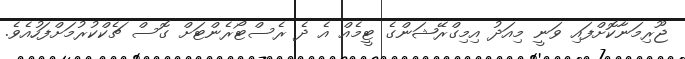
ޖޫރިމަނާކޮށްފައި ވަނީ މިއަދު އިމިގްރޭޝަންގެ ޓީމެއް އެ ދެ ރެސްޓޯރެންޓަށް ގޮސް ޗެކްކުރުމަށްފަހުއެވެ.